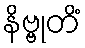
နိဗ္ဗုတိံ